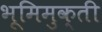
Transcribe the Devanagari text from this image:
भूमिमुक्ती